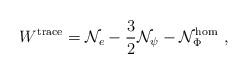
LaTeX: \begin{align*}W^{\rm trace}={\cal N}_e-\frac 32{\cal N}_\psi-{\cal N}_\Phi^{\rm hom}\,\,, \end{align*}